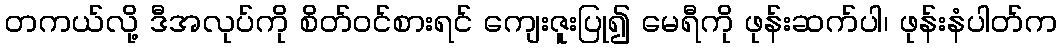
တကယ်လို့ ဒီအလုပ်ကို စိတ်ဝင်စားရင် ကျေးဇူးပြု၍ မေရီကို ဖုန်းဆက်ပါ၊ ဖုန်းနံပါတ်က